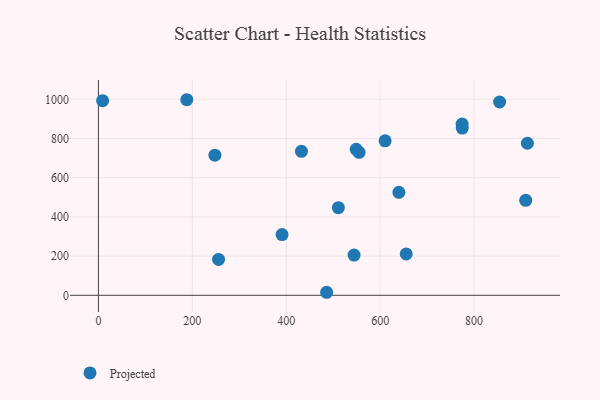
{"axis": {"x": "Speed", "y": "Sales"}, "legend": ["Projected"], "data": [{"x": "188.2", "y": 997.9, "type": "Projected"}, {"x": "910.0", "y": 484.4, "type": "Projected"}, {"x": "432.4", "y": 734.7, "type": "Projected"}, {"x": "639.9", "y": 525.7, "type": "Projected"}, {"x": "913.5", "y": 775.9, "type": "Projected"}, {"x": "486.0", "y": 15.5, "type": "Projected"}, {"x": "555.1", "y": 729.6, "type": "Projected"}, {"x": "9.0", "y": 993.2, "type": "Projected"}, {"x": "610.5", "y": 788.1, "type": "Projected"}, {"x": "549.0", "y": 744.7, "type": "Projected"}, {"x": "854.4", "y": 986.4, "type": "Projected"}, {"x": "511.0", "y": 446.9, "type": "Projected"}, {"x": "255.9", "y": 183.3, "type": "Projected"}, {"x": "391.1", "y": 309.8, "type": "Projected"}, {"x": "774.5", "y": 873.9, "type": "Projected"}, {"x": "774.8", "y": 853.1, "type": "Projected"}, {"x": "655.5", "y": 211.3, "type": "Projected"}, {"x": "248.1", "y": 714.9, "type": "Projected"}, {"x": "544.4", "y": 205.4, "type": "Projected"}]}